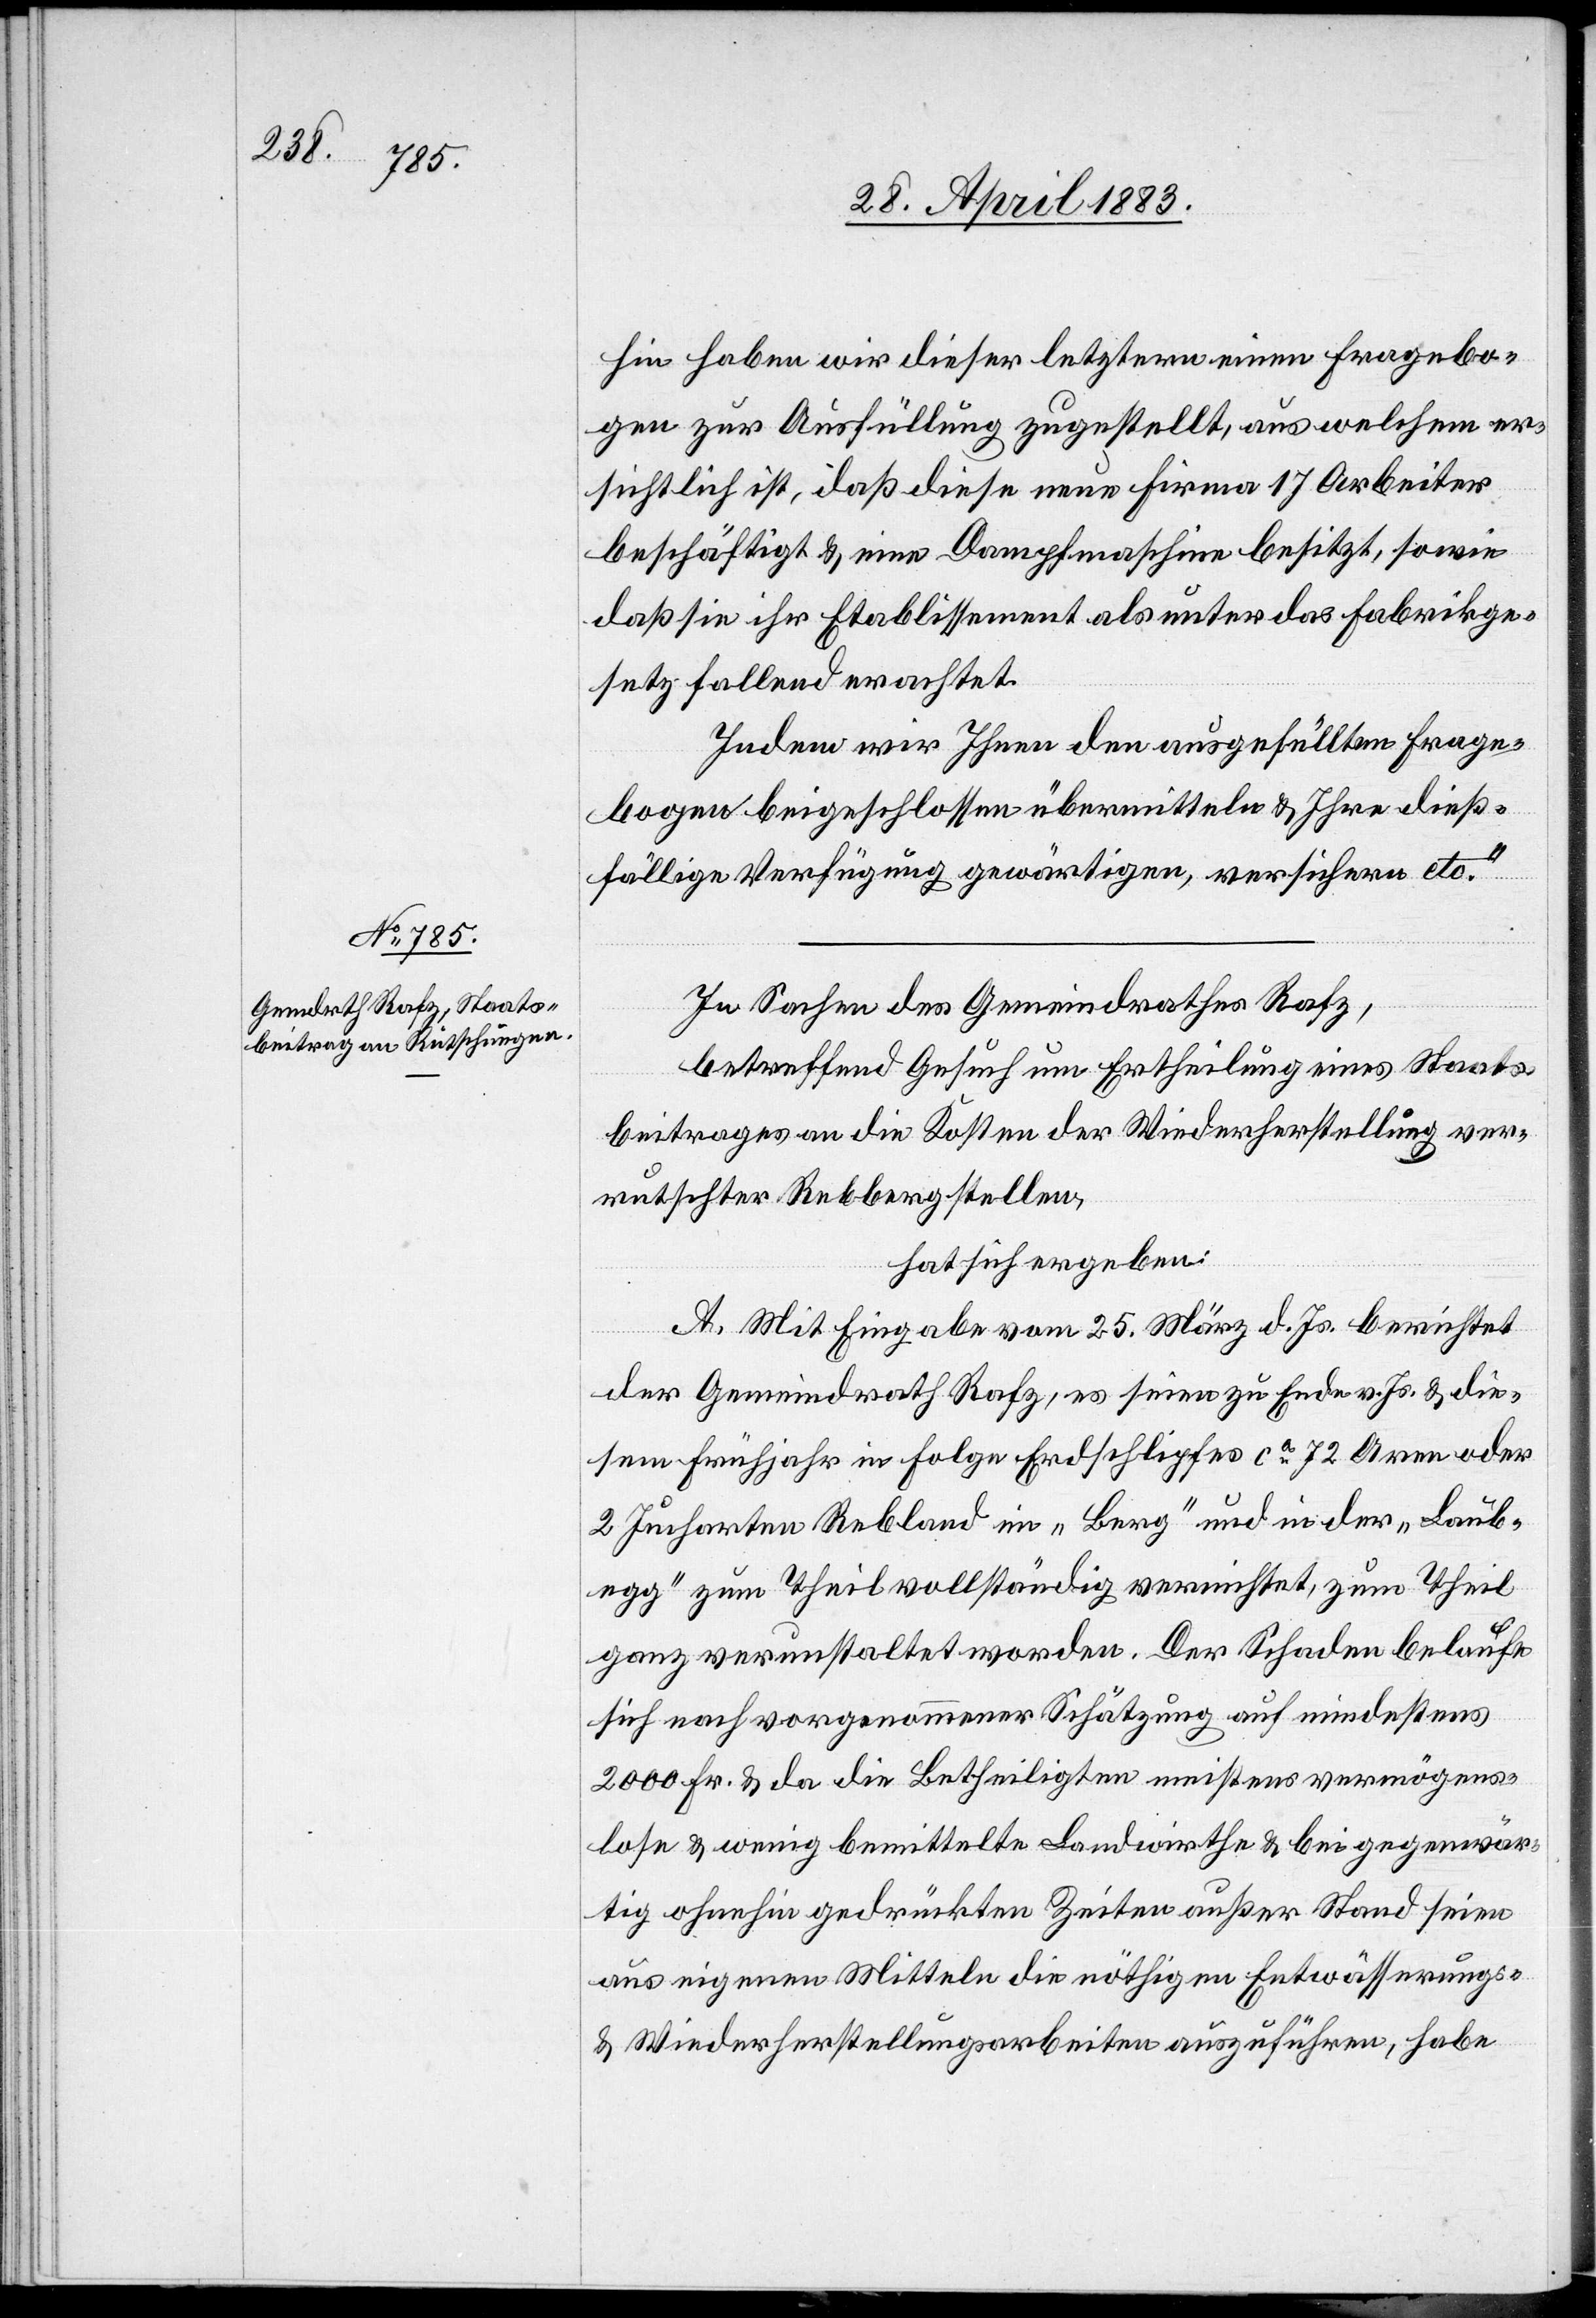
hin haben wir dieser letztern einen Fragebo¬
gen zur Ausfüllung zugestellt, aus welchem er¬
sichtlich ist, daß diese neue Firma 17 Arbeiter
beschäftigt & eine Dampfmaschine besitzt, sowie
daß sie ihr Etablissement als unter das Fabrikge¬
setz fallend erachtet.
Indem wir Ihnen den ausgefüllten Frage¬
bogen beigeschlossen übermitteln & Ihre dieß¬
fällige Verfügung gewärtigen, versichern etc.“
In Sachen des Gemeindrathes Rafz,
betreffend Gesuch um Entschädigung eines Staats¬
beitrages an die Kosten der Wiederherstellung ver¬
rutschter Rebbergstellen,
hat sich ergeben:
A. Mit Eingabe vom 25. März d. Js. berichtet
der Gemeindrath Rafz, es seien zu Ende v. Js. & die¬
sem Frühjahr in Folge Erdschlipfes ca 72 Aren oder
2 Jucharten Rebland im „Berg“ und in der „Laub¬
egg“ zum Theil vollständig vermiethet, zum Theil
ganz verunstaltet worden. Der Schaden belaufe
sich nach vorgenommener Schätzung auf mindestens
2000 Fr. & da die Betheiligten meistens vermögens¬
lose & wenig bemittelte Landwirthe & bei gegenwär¬
tig ohnehin gedrückten Zeiten außer Stand seien
aus eigenen Mitteln die nöthigen Entwässerungs-
& Wiederherstellungsarbeiten auszuführen, habe